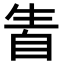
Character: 𤯣